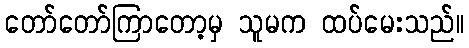
တော်တော်ကြာတော့မှ သူမက ထပ်မေးသည်။